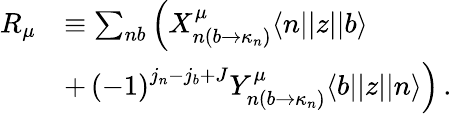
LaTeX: \begin{array}{rl}{R_{\mu}}&{\equiv\sum_{nb}\left(X_{n\left(b\rightarrow\kappa_{n}\right)}^{\mu}\langle n||z||b\rangle\right.}\\ &{+\left.\left(-1\right)^{j_{n}-j_{b}+J}Y_{n\left(b\rightarrow\kappa_{n}\right)}^{\mu}\langle b||z||n\rangle\right)\, .}\end{array}